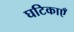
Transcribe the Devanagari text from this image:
घटिकाएँ